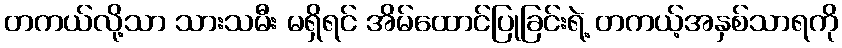
တကယ်လို့သာ သားသမီး မရှိရင် အိမ်ထောင်ပြုခြင်းရဲ့ တကယ့်အနှစ်သာရကို